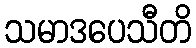
သမာဒပေသီတိ